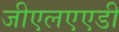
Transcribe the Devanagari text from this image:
जीएलएएडी